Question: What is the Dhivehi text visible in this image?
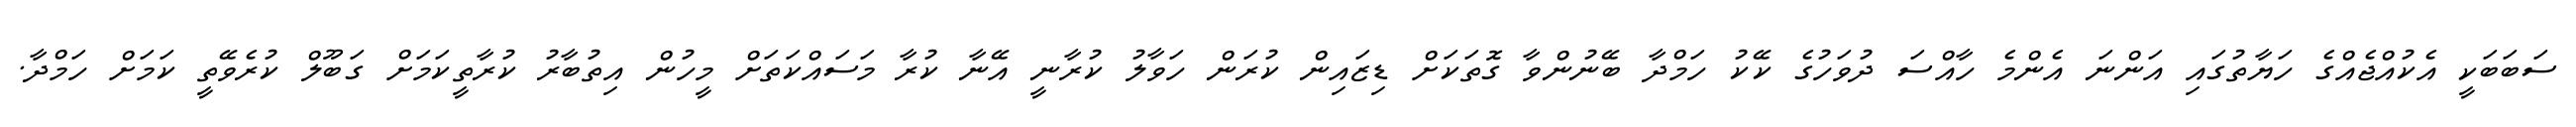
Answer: ސަބަބަކީ އެކުއްޖެއްގެ ހަޔާތުގައި އަންނަ އެންމެ ހާއްސަ ދުވަހުގެ ކޭކު ހަމްދާ ބޭނުންވާ ގޮތަކަށް ޑިޒައިން ކުރަން ހަވާލު ކުރާނީ އޭނާ ކުރާ މަސައްކަތަށް މީހުން އިތުބާރު ކުރާތީކަމަށް ގަބޫލް ކުރެވޭތީ ކަމަށް ހަމްދާ.